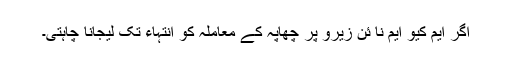
اگر ایم کیو ایم نا ئن زیرو پر چھاپہ کے معاملہ کو انتہاء تک لیجانا چاہتی۔